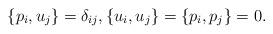
LaTeX: \begin{align*}\{ p_i,u_j\}=\delta_{ij},\{ u_i,u_j\}=\{ p_i,p_j\}=0.\end{align*}